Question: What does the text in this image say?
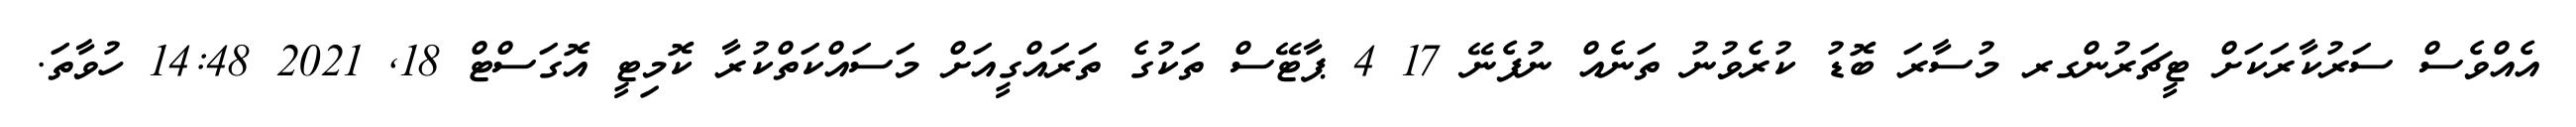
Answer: އެއްވެސް ސަރުކާރަކަށް ޓީޗަރުންގރ މުސާރަ ބޮޑު ކުރެވުނު ތަނެއް ނުފެނޭ 17 4 ޕާޓޭސް ތަކުގެ ތަރައްގީއަށް މަސައްކަތްކުރާ ކޮމިޓީ އޮގަސްޓް 18, 2021 14:48 ހުވާތަ.